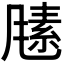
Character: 𬲃